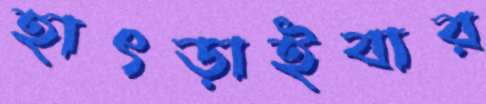
হাৎড়াইবার